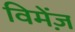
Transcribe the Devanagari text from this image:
विमेंज़